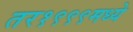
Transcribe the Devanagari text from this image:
तर१९९९मध्ये